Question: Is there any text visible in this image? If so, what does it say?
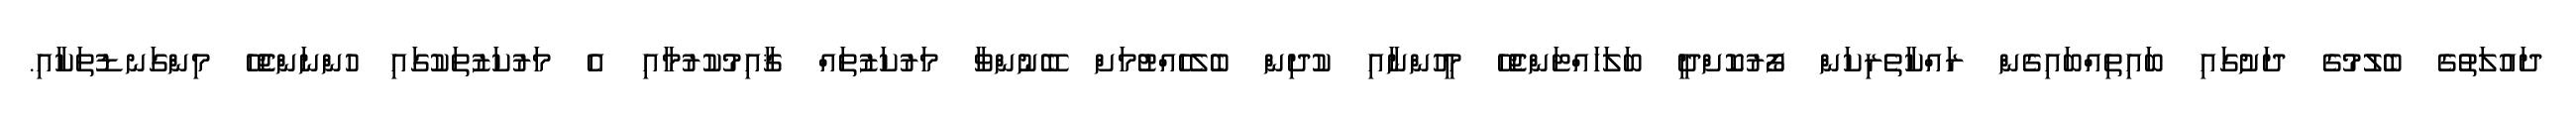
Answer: ދައުލަތުގެ ބެލުމުގެ ދަށުގައި ބައިތިއްބައިގެން ރައްކާތެރިކަން ފޯރުކޮށްދީ ބަލަހައްޓަންޖެހޭ މީހުންނާއި ކުދިން ބެލެހެއްޓުމަށް ބޭނުންވާ މަރުކަޒުތައް ޤާއިމުކުރުމާއި އެ މަރުކަޒުތަކުގައި ހުންނަންޖެހޭ މިންގަނޑުތަކާއި.